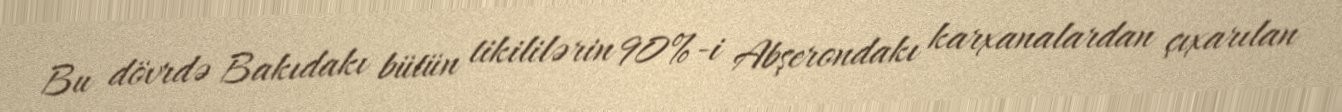
Bu dövrdə Bakıdakı bütün tikililərin 90%-i Abşerondakı karxanalardan çıxarılan